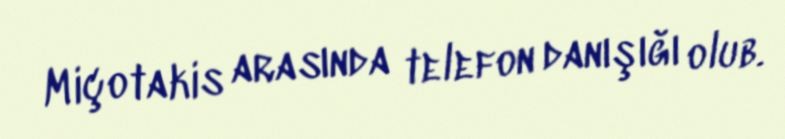
Miçotakis arasında telefon danışığı olub.